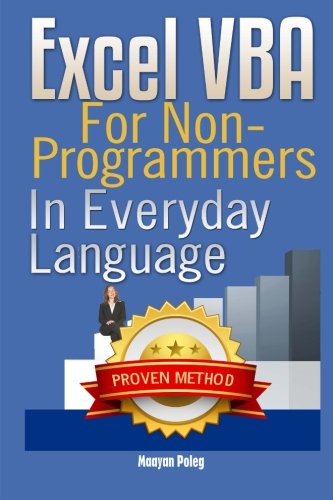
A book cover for Excel VBA: for Non-Programmers (Programming in Everyday Language) (Volume 1); Maayan Poleg; Computers & Technology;